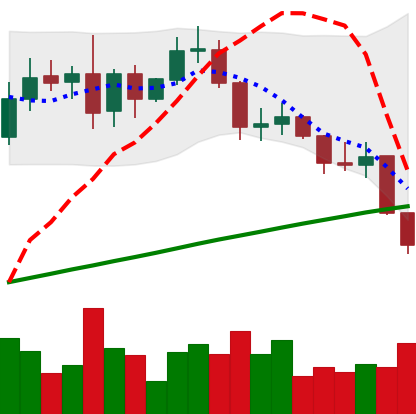
Ticker: LINK-USD
Chart end date: 2019-08-29
Forward return: 3.995%
Label: up_3_5